Annual report of the Civil Veterinary Department, Bengal, for the year 1897-98 - 1897-1898
Year: 1897
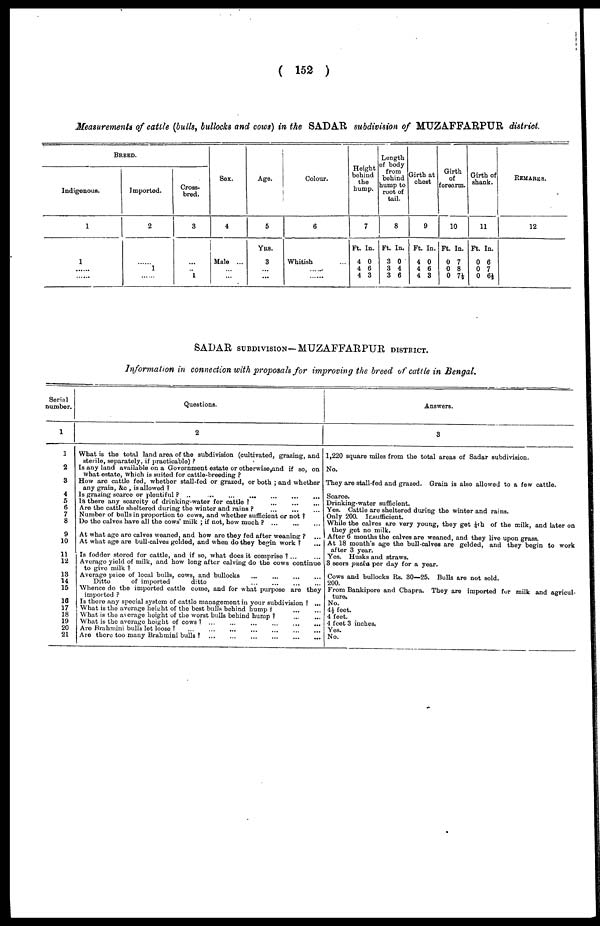
( 152 )
Measurements of cattle (bulls, bullocks and cows) in the SADAR subdivision of MUZAFFARPUR district.
BREED.
Indigenous.
1
1
.....
......
Imported.
2
.....
1
......
Cross-
bred.
3
...
...
1
Sex.
4
Male ...
...
...
Age.
5
YRS.
3
... ...
Colour.
6
Whitish
......
.....
Height
behind
the
hump.
7
Ft. In.
4 0
4 6
4 3
Length
of body
from
behind
dump to
root of
tail.
8
Ft. In.
3 0
3 4
3 6
Girth at
chest
9
Ft. In.
4 0
4 6
4 3
Girth
of
forearm.
10
Ft. In.
0 7
0 8
0 7½
Girth of
shank.
11
Ft. In.
0 6
0 7
0 6½
REMARKS.
12
SADAR SUBDIVISION- MUZAFFARPUR DISTRICT.
Information in connection with proposals for improving the breed of cattle in Bengal.
Serial
number.
1
2
3
4
5
6
7
8
9
10
11
12
13
14
15
16
17
18
19
20
21
Questions.
2
What is the total land area of the subdivision (cultivated, grazing, and
sterile, separately, if practicable) ?
Is any land available on a Government estate or otherwise,and if so, on
what estate, which is suited for cattle-breeding ?
How are cattle fed, whether stall-fed or grazed, or both ; and whether
any grain, &c , is allowed ?
Is grazing scarce or plentiful? ..
...
... ... ... ...
Is there any scarcity of drinking-water for cattle ?
...
...
...
Are the cattle sheltered during the winter and rains ? ... ... ... ...
Number of bulls in proportion to cows, and whether sufficient or not ?
Do the calves have all the cows' milk ; if not, how much ? ...
...
...
At what age are calves weaned, and how are they fed after weaning ? ...
At what age are bull-calves gelded, and when do they begin work ? ...
Is fodder stored for cattle, and if so, what does it comprise ? ......
Average yield of milk, and how long after calving do the cows continue
to give milk ?
Average price of local bulls, cows, and bullocks ... ... ... ...
Ditto
of imported
ditto
...
...
...
...
Whence do the imported cattle come, and for what purpose are they
imported ?
Is there any special system of cattle management in your subdivision ? ...
What is the average height of the best bulls behind hump? ... ...
What is the average height of the worst bulls behind hump ? ... ...
What is the average height of cows ?
...
...
...
...
...
...
...
Are Brahmini bulls let loose ? ... ... ... ... ... ... ... ...
Are there too many Brahmini bulls !
...
...
...
...
...
...
...
Answers.
3
1,220 square miles from the total areas of Sadar subdivision.
No.
They are stall-fed and grazed. Grain is also allowed to a few cattle.
Scarce.
Drinking-water sufficient.
Yes. Cattle are sheltered during the winter and rains.
Only 200. Insufficient.
While the calves are very young, they get ¼th of the milk, and later on
they get no milk.
After 6 months the calves are weaned, and they live upon grass.
At 18 month's age the bull-calves are gelded, and they begin to work
after 3 year.
Yes. Husks and straws.
3 seers pucka per day for a year.
Cows and bullocks Rs. 30—25. Bulls are not sold.
200.
From Bankipore and Chapra. They are imported for milk and agricul-
ture.
No.
4½ feet.
4 feet.
4 feet 3 inches.
Yes.
No.